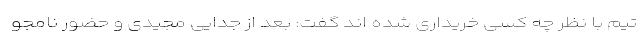
تیم با نظر چه کسی خریداری شده اند گفت: بعد از جدایی مجیدی و حضور نامجو